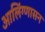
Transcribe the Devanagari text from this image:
आलिंग्णासन